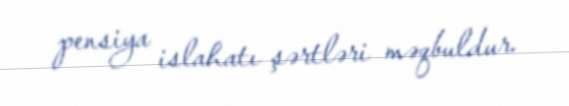
pensiya islahatı şərtləri məqbuldur.